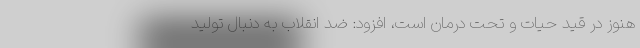
هنوز در قید حیات و تحت درمان است، افزود: ضد انقلاب به دنبال تولید